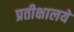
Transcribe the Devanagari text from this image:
प्रतीक्षालये